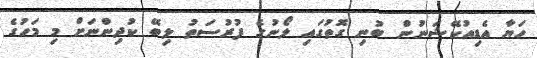
ހަޔާ އެޑިއުކޭޝަނުން ބުނި ގޮތުގައި ލޯނުގެ ފުރުސަތު ލިބޭ ކުދިންނަށް މި މަހުގެ